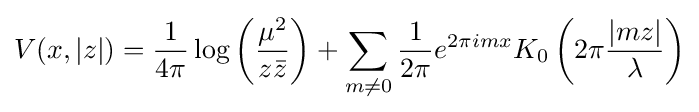
V(x,|z|)={\frac {1}{4\pi }}\log \left({\frac {\mu ^{2}}{z{\bar {z}}}}\right)+\sum \limits _{m\neq 0}{\frac {1}{2\pi }}e^{2\pi imx}K_{0}\left(2\pi {\frac {|mz|}{\lambda }}\right)